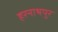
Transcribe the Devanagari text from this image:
हरनाथपुर